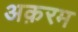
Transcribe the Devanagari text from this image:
अक़रम